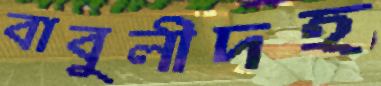
বাবুলীদহ